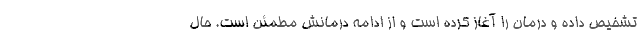
تشخیص داده و درمان را آغاز کرده است و از ادامه درمانش مطمئن است. حال